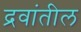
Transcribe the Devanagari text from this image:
द्रवांतील